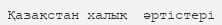
Қазақстан халық  әртістері